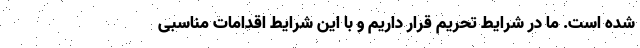
شده است. ما در شرایط تحریم قرار داریم و با این شرایط اقدامات مناسبی